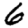
Digit: 6